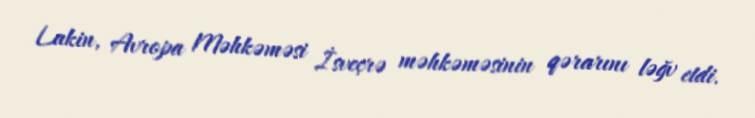
Lakin, Avropa Məhkəməsi İsveçrə məhkəməsinin qərarını ləğv etdi.